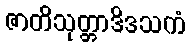
ဇာတိသုတ္တာဒိဒသကံ